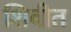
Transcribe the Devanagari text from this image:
शिवीत